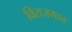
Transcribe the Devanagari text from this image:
विराजमान्